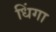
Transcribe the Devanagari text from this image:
धिंगा